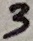
Text: 3